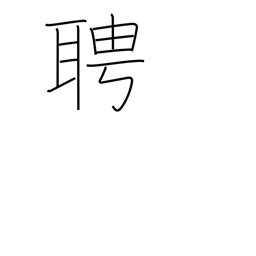
Meaning: invite